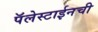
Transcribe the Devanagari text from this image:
पॅलेस्टाईनची